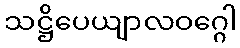
သဋ္ဌိပေယျာလဝဂ္ဂေါ